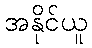
အနိုင်ယူ